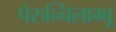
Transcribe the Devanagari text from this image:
पेरुन्चिलाम्बू